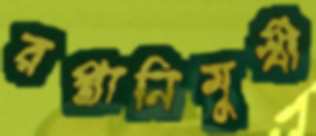
রপ্তানিমুখী